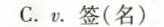
C.v.签(名)